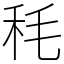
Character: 秏